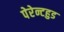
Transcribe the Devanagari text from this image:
पेरेन्टहुड